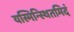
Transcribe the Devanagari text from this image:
यस्मिन्स्थितमिदं